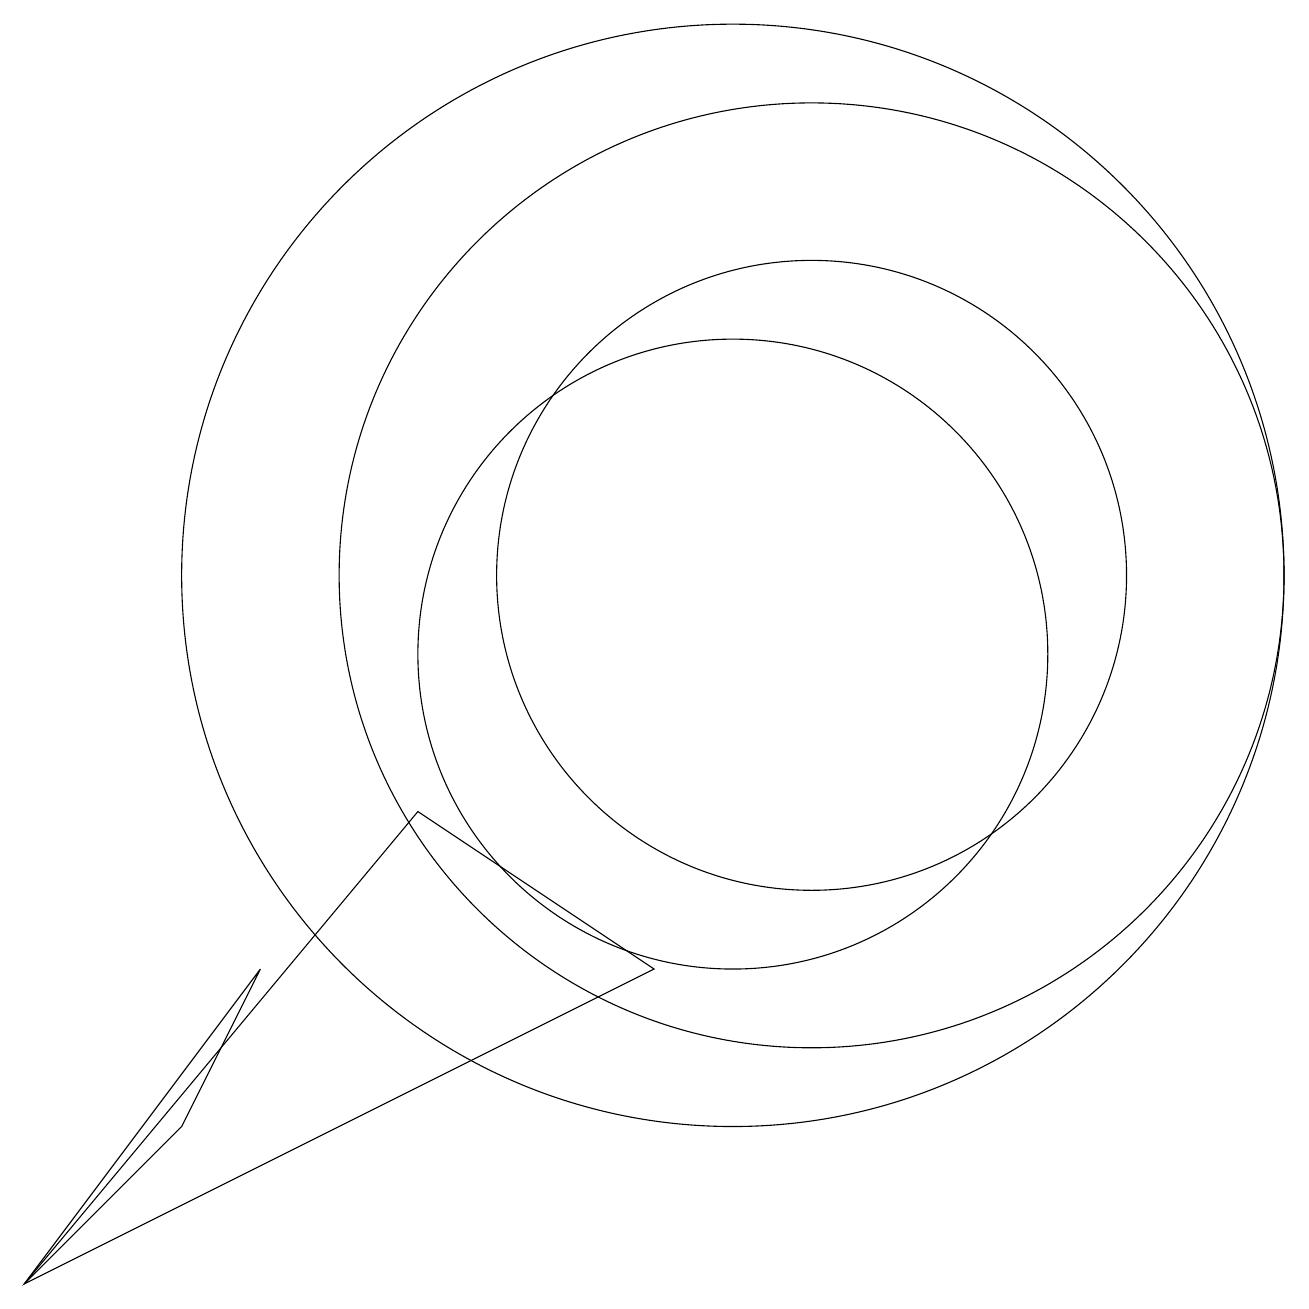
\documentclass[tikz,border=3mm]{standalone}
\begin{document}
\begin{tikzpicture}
\draw (3,4) -- (1,2) -- (4,6) -- cycle;
\draw (11,11) circle (6);
\draw (10,11) circle (7);
\draw (9,6) -- (1,2) -- (6,8) -- cycle;
\draw (11,11) circle (4);
\draw (10,11) circle (0);
\draw (10,10) circle (4);
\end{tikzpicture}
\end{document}